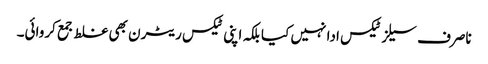
ناصرف سیلز ٹیکس ادا نہیں کیا بلکہ اپنی ٹیکس ریٹرن بھی غلط جمع کروائی۔